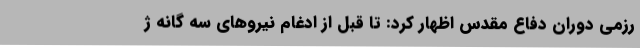
رزمی دوران دفاع مقدس اظهار کرد: تا قبل از ادغام نیروهای سه گانه ژ